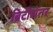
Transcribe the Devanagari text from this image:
ब्रिटीशेतर